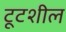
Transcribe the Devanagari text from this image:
टूटशील